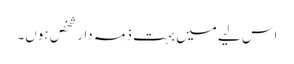
اس لیے میں بہت ذمہ دار شخص ہوں۔